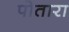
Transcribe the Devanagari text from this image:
पोतारा